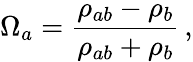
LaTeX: \Omega_{a}=\frac{\rho_{ab}-\rho_{b}}{\rho_{ab}+\rho_{b}}\, ,